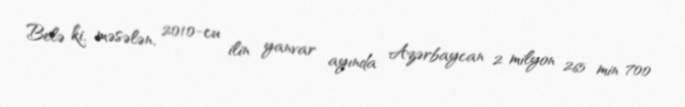
Belə ki, məsələn, 2010-cu ilin yanvar ayında Azərbaycan 2 milyon 265 min 700